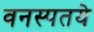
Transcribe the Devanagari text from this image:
वनस्पतये